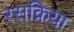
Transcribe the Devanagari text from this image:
रसक्रिया